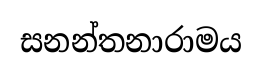
සනන්තනාරාමය